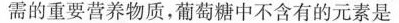
需的重要营养物质，葡萄糖中不含有的元素是